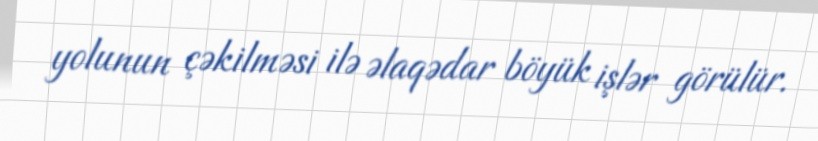
yolunun çəkilməsi ilə əlaqədar böyük işlər görülür.